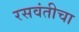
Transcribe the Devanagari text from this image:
रसवंतीचा